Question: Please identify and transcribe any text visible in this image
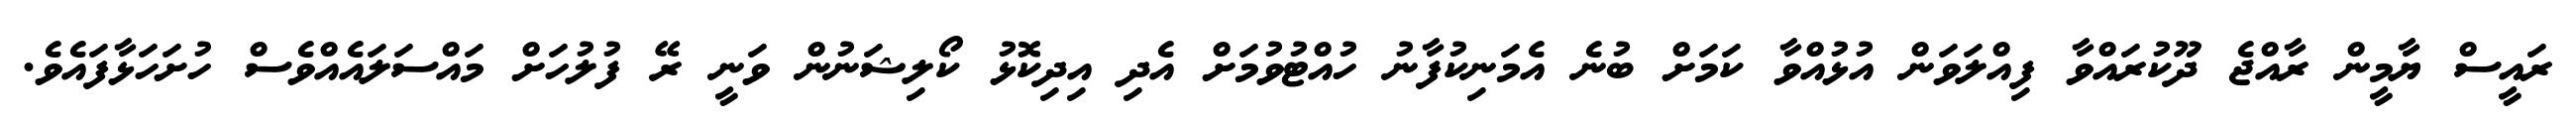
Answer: ރައީސް ޔާމީން ރާއްޖެ ދޫކުރައްވާ ފިއްލަވަން އުޅުއްވާ ކަމަށް ބުނެ އެމަނިކުފާނު ހުއްޓުވުމަށް އެދި އިދިކޮޅު ކޯލިޝަނުން ވަނީ ރޭ ފުލުހަށް މައްސަލައެއްވެސް ހުށަހަޅާފައެވެ.